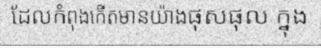
ដែលកំពុងកើតមានយ៉ាងផុសផុល ក្នុង